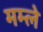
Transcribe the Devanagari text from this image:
मम्ले